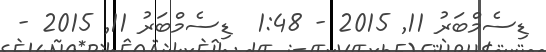
ޑިސެމްބަރު 11